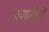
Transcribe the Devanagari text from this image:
प्रणालीओं